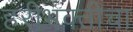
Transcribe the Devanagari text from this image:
हरीभक्तीचा